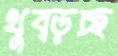
থুব্‌ড়চ্ছ